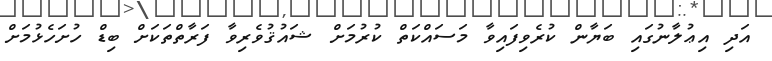
އަދި އިޢުލާނުގައި ބަޔާން ކުރެވިފައިވާ މަސައްކަތް ކުރުމަށް ޝައުޤުވެރިވާ ފަރާތްތަކަށް ބިޑް ހުށަހެޅުމަށް